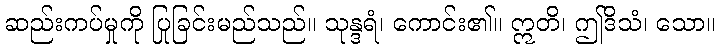
ဆည်းကပ်မှုကို ပြုခြင်းမည်သည်။ သုန္ဒရံ၊ ကောင်း၏။ ဣတိ၊ ဤဒိသံ၊ သော။